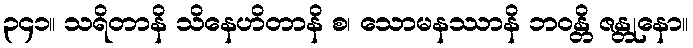
၃၄၁။ သရိတာနိ သိနေဟိတာနိ စ၊ သောမနဿာနိ ဘဝန္တိ ဇန္တုနော။